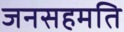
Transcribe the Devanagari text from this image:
जनसहमति